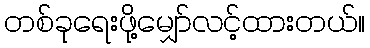
တစ်ခုရေးဖို့မျှော်လင့်ထားတယ်။